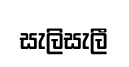
සැලිසැලී